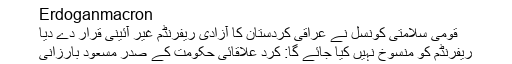
Erdoganmacron
قومی سلامتی کونسل نے عراقی کردستان کا آزادی ریفرنڈم غیر آئینی قرار دے دیا
ریفرنڈم کو منسوخ نہیں کیا جائے گا: کرد علاقائی حکومت کے صدر مسعود بارزانی